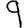
Digit: 9